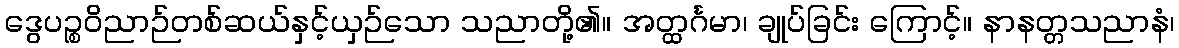
ဒွေပဉ္စဝိညာဉ်တစ်ဆယ်နှင့်ယှဉ်သော သညာတို့၏။ အတ္ထင်္ဂမာ၊ ချုပ်ခြင်း ကြောင့်။ နာနတ္တသညာနံ၊